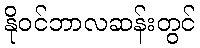
နိုဝင်ဘာလဆန်းတွင်